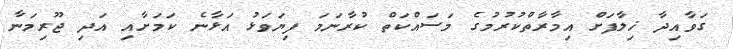
ގަވާއިދާ ޚިލާފަށް އިމާރާތްކުރުމުގެ މަސައްކަތް ކުރާނަަމަ ފިޔަވަޅު އަޅާނެ ކަމަށާއި އަދި ޖޫރިމަނާ